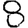
Digit: 8